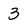
Character: 3